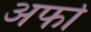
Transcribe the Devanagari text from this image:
अर्फा